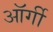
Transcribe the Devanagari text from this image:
ऑर्गी